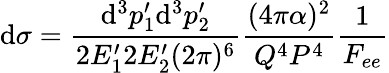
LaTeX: \mathrm{d}\sigma=\frac{{\mathrm{d}^{3}p_{1}^{\prime}\mathrm{d}^{3}p_{2}^{\prime}}}{{2E_{1}^{\prime}2E_{2}^{\prime}(2\pi)^{6}}}\frac{{(4\pi\alpha)^{2}}}{{Q^{4}P^{4}}}\frac{{1}}{{F_{ee}}}